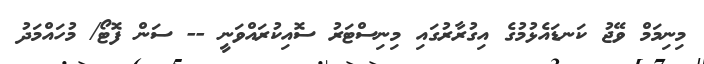
މިނިމަމް ވޭޖު ކަނޑައެޅުމުގެ އިގުރާރުގައި މިނިސްޓަރު ސޮއިކުރައްވަނީ -- ސަން ފޮޓޯ/ މުހައްމަދު